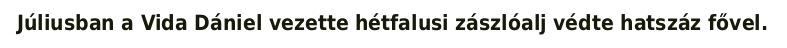
Júliusban a Vida Dániel vezette hétfalusi zászlóalj védte hatszáz fővel.